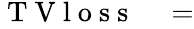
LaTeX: \begin{array}{rl}{\mathrm{~T~V~l~o~s~s~}}&{{}=}\end{array}